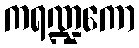
ကရဏ္ဍကော